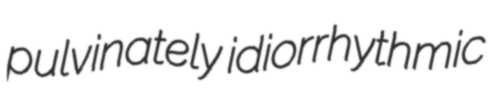
pulvinately idiorrhythmic